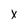
Character: x